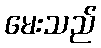
မေးသည်